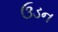
ઉડન